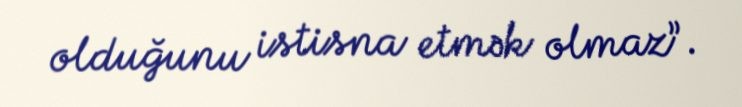
olduğunu istisna etmək olmaz”.